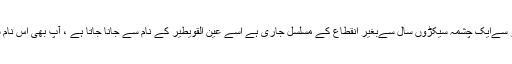
قصیم کے شمال بریدہ میں جبل وطاۃ نامی پہاڑ سےایک چشمہ سیکڑوں سال سےبغیر انقطاع کے مسلسل جاری ہے اسے عین القویطیر کے نام سے جانا جاتا ہے ، آپ بھی اس نام سے یوٹیوب پہ متعدد ویڈیوز دیکھ سکتے ہیں ۔